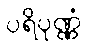
ပရိပုဏ္ဏံ